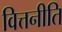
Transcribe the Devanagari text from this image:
वित्तनीति